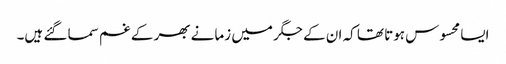
ایسا محسوس ہوتا تھا کہ ان کے جگر میں زمانے بھر کے غم سما گئے ہیں۔